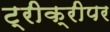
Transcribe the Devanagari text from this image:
ट्रीक्रीपर